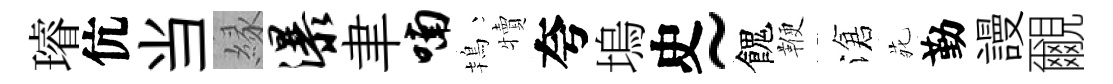
璿伉当縁瀑聿喃鴇犢夸塢史~餽鞭滄𫟍勤謾覼